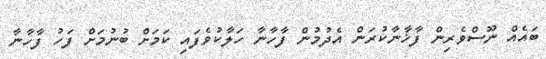
ބައެއް ނޫސްވެރިން ފާޚާނާކުރަން އެދުމުން ފާހާނާ ހަލާކުވެފައި ކަމަށް ބުނުމަށް ފަހު ފާހާނާ